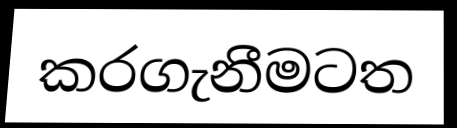
කරගැනීමටත